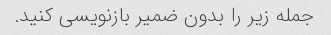
جمله زیر را بدون ضمیر بازنویسی کنید.